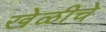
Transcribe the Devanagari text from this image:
खेळीचे